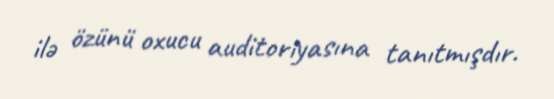
ilə özünü oxucu auditoriyasına tanıtmışdır.